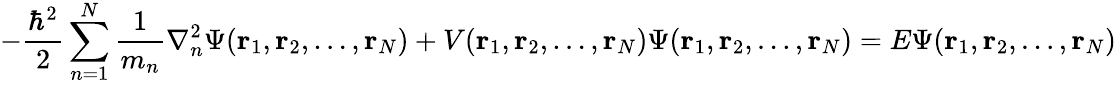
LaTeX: -{\frac{\hbar^{2}}{2}}\sum_{n=1}^{N}{\frac{1}{m_{n}}}\nabla_{n}^{2}\Psi(\mathbf{r}_{1},\mathbf{r}_{2},\ldots,\mathbf{r}_{N})+V(\mathbf{r}_{1},\mathbf{r}_{2},\ldots,\mathbf{r}_{N})\Psi(\mathbf{r}_{1},\mathbf{r}_{2},\ldots,\mathbf{r}_{N})=E\Psi(\mathbf{r}_{1},\mathbf{r}_{2},\ldots,\mathbf{r}_{N})